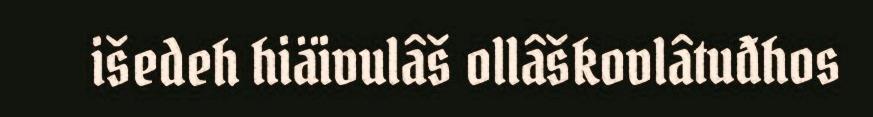
išedeh hiäivulâš ollâškovlâtuđhos